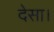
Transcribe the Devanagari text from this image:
देसा।